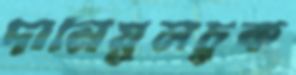
দানিয়ুলচুক